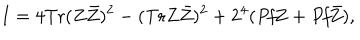
LaTeX: I = 4 \mathrm { T r } ( Z \bar { Z } ) ^ { 2 } - ( \mathrm { T r } Z \bar { Z } ) ^ { 2 } + 2 ^ { 4 } ( { \it P f } Z + { \it P f } \bar { Z } ) ,